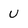
Character: U